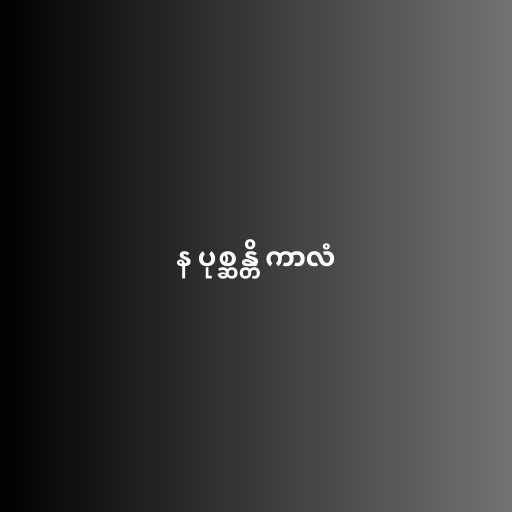
န ပုစ္ဆန္တိ ကာလံ